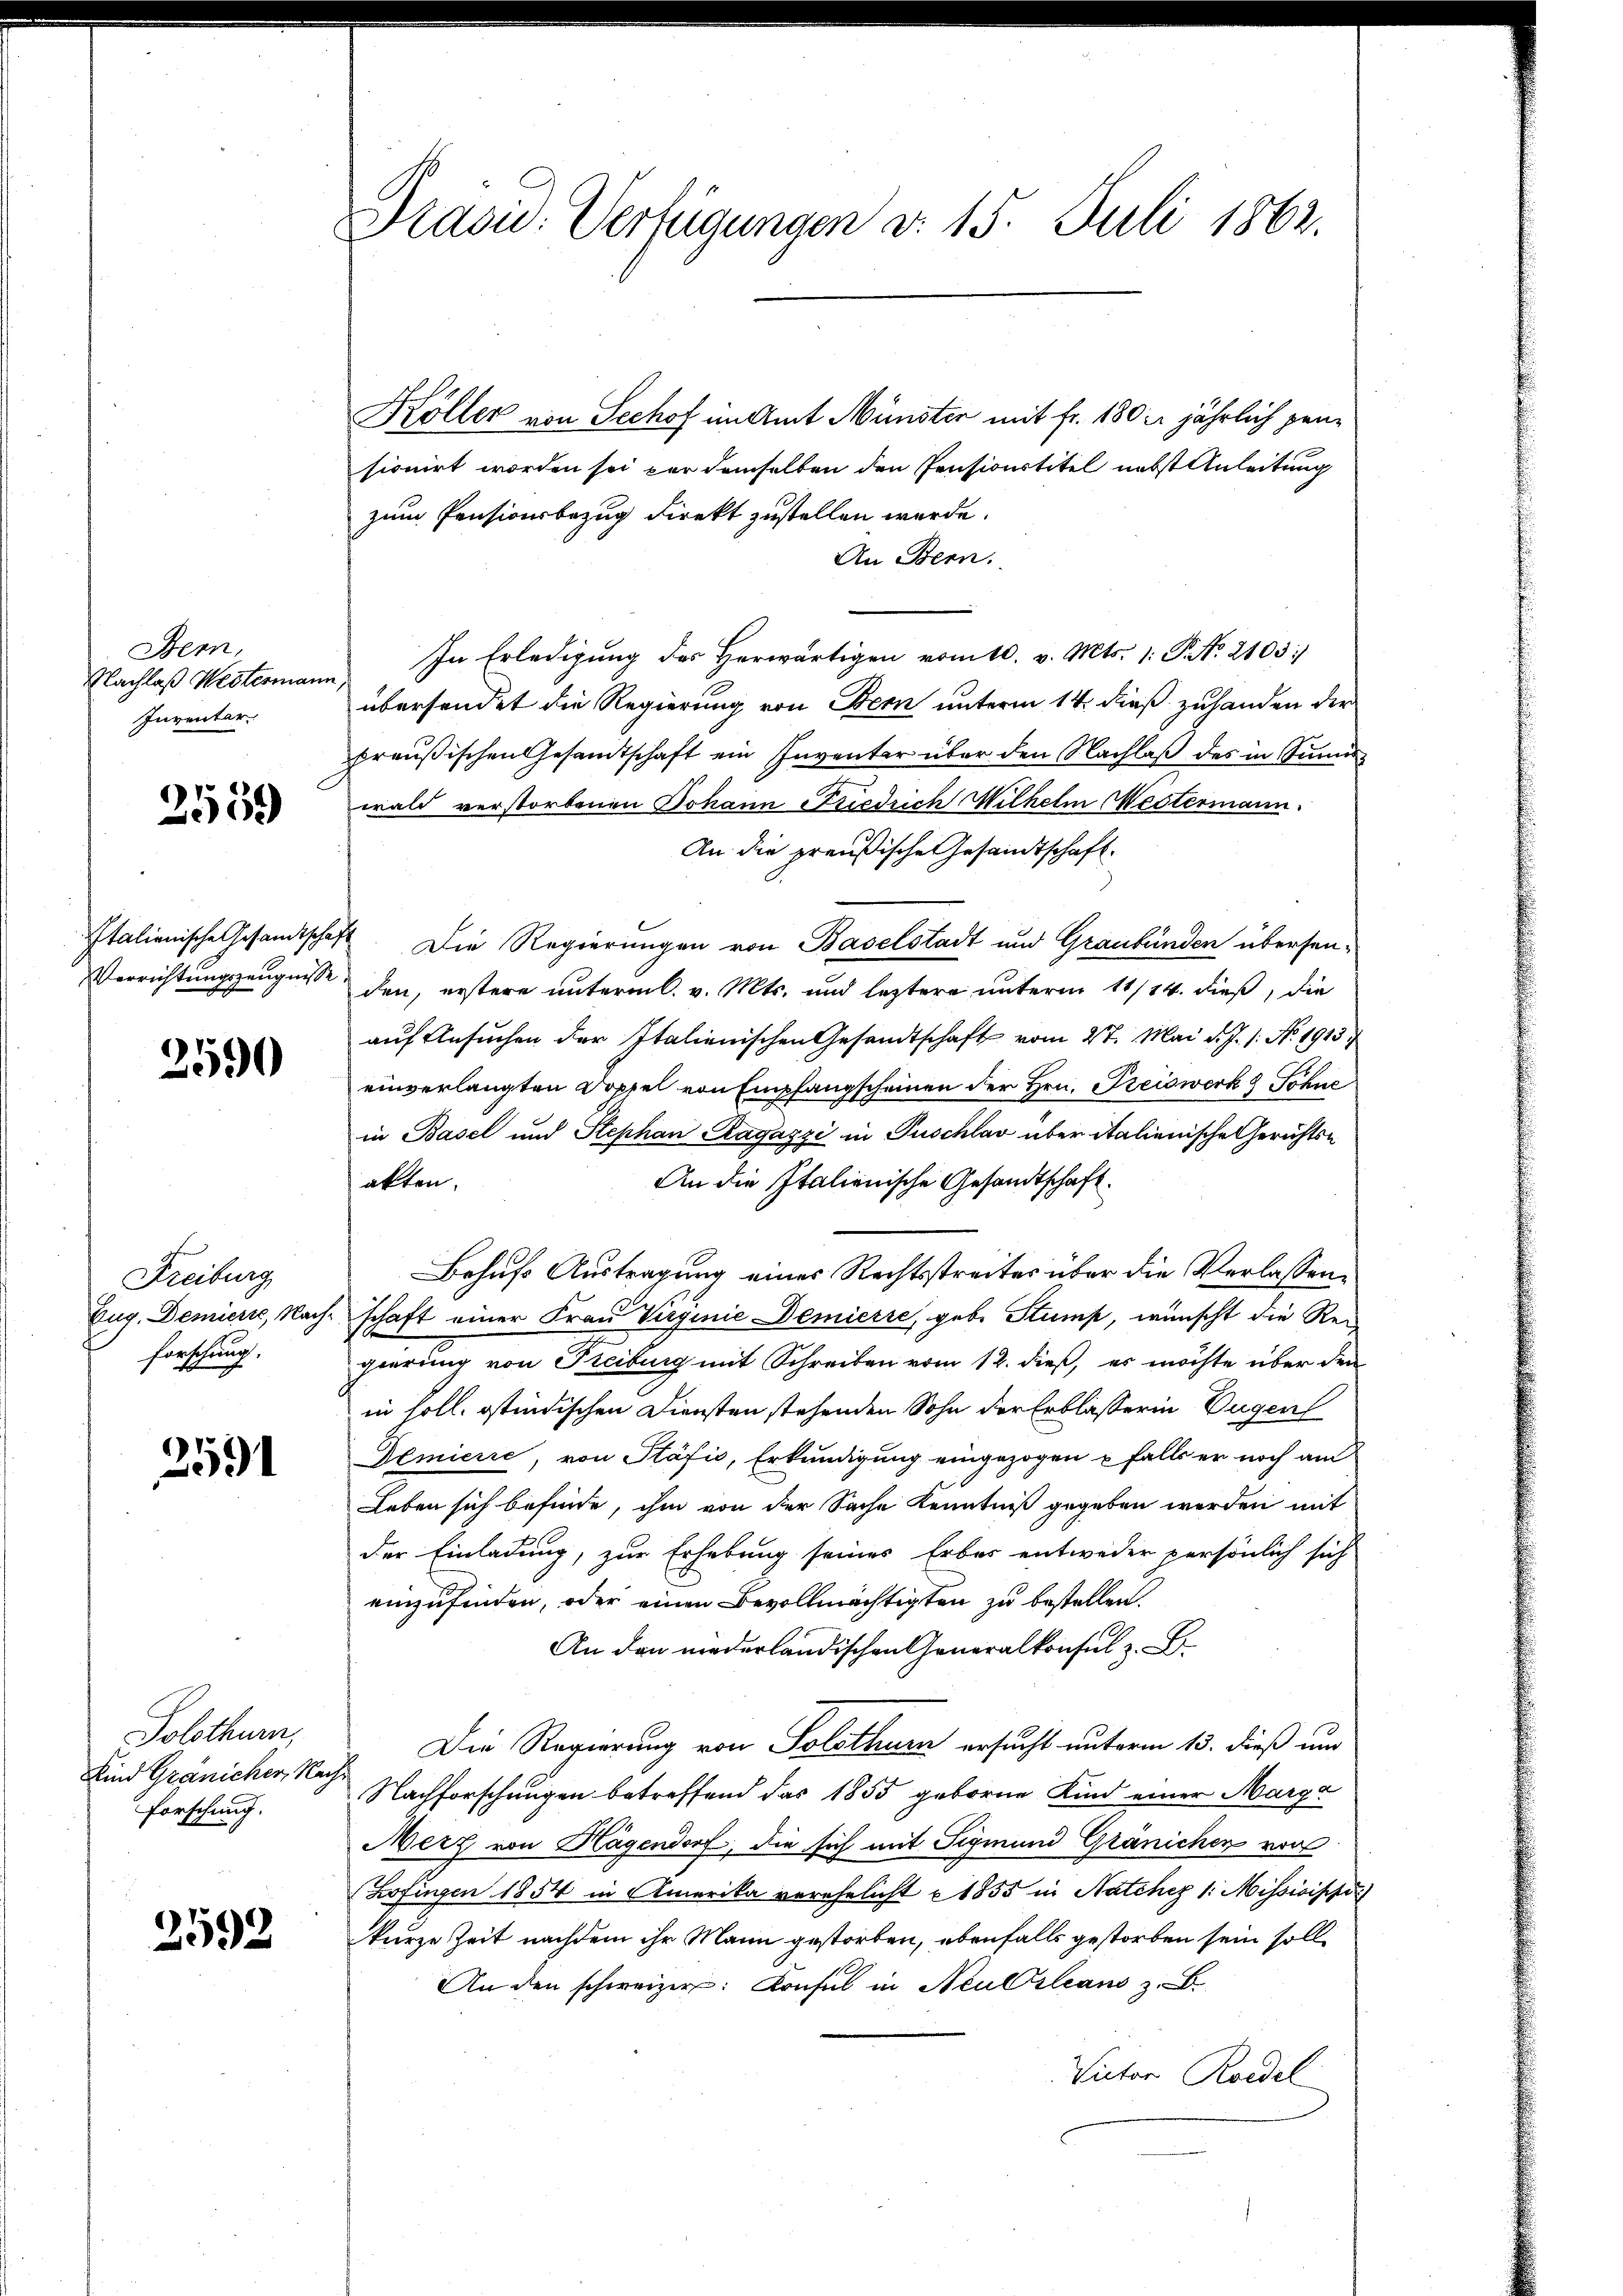
Bern,
Nachlaß Westermann
Inventar.

2559

Verrichtungszeugnisse

2590

Freiburg
Zug. Demierte, Nach-
forschung.

2591

Solothurn,
Kind Gränicher, Nac
Forschung.

2592

Präsid. Verfügungen d. 15. Juli 1862.

Köller von Sechof im Amt Münster mit fr. 180 l. jährlich jene
sionirt worden sei par demselben den Pensionstitel nebst Anleitung
zum Pensionsbezug direkt zustellen werde.
An Bern.
In Erledigung des Herwärtigen vom 10. v. Mts. 1. P. No. 2103/
27
übersendet die Regierung von Bern unterm 14. dieß zuhanden der
preußischen Gesandtschaft ein Inventer über den Nachlaß des in Sinn
wald verstorbenen Johann Friedrich Wilhelm Mestermann
An die preußische Gesandtschaft
Italienische Gesandtschaft. Die Regierungen von Baselstadt und Graubünden übersenden, erstere unterm 6. v. Mts. und leztere unterm 11/14. dieß, die
auf Ansuchen der Italienischen Gesandtschaft vom 2t. Mai d. J. 1. No. 1913
einverlangten Doppel von Empfangscheinen der Hrn. Preiswerk & Sohne
in Basel und Stephan Ragazzi in Puschlav über italienische Gerichts-
An die Italienische Gesandtschaft.
akten.
Behufs Austragung eines Rechtsstreites über die Verlassenschaft einer Frau Virginie Deniesse, gebe Stump, wünscht die Regierung von Freiburg mit Schreiben vom 12. dieß, es möchte über den
in soll. Itindischen Diensten stehenden Sohn der Erblässerin Tugen
Demierre, von Präfić, Erkundigung eingezogen u falls er noch am
Leben sich befinde, ihm von der Sache Kenntniß gegeben werden mit
der Einladung, zur Erhebung seines Erbes entweder persönlich sich
einzufinden, oder einen Bevollmächtigten zu bestellen.
An den niederländischen Generalkonsul z. B.
Die Regierung von Solothurn ersucht unterm 13. dieß um
h
Nachforschungen betreffend das 1855 geborne Kind einer Marga
Herz von Hagendorf, die sich mit Sigmund Gränichen von
(Zofingen 1854 in Amerika verehelicht 1855 in Natchez 1. Missisische
kurze Zeit nachdem ihr Mann gestorben, ebenfalls gestorben sein soll¬
An den schweizer. Konsul in Neulsleans z
Victor Roedel